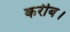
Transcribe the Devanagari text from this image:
करीब।